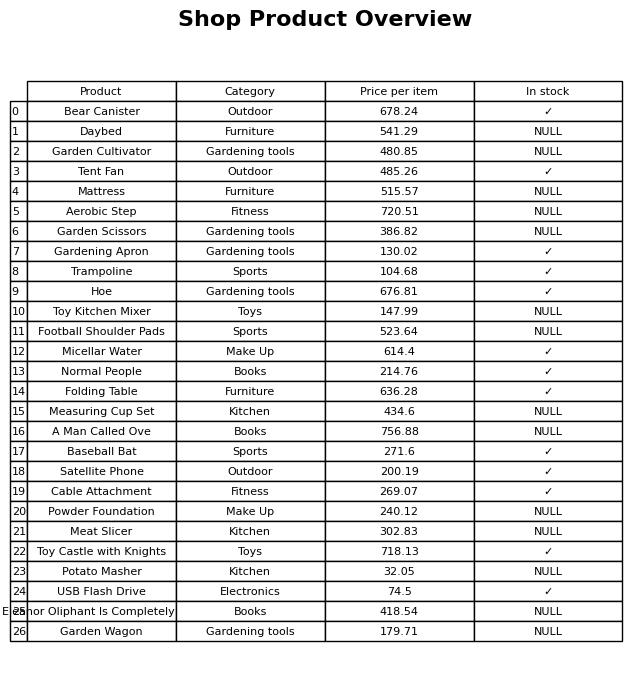
question: Which products are available in stock?
answer: Bear Canister, Tent Fan, Gardening Apron, Trampoline, Hoe, Micellar Water, Normal People, Folding Table, Baseball Bat, Satellite Phone, Cable Attachment, Toy Castle with Knights, USB Flash Drive